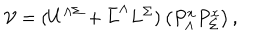
{ \cal V } = ( U ^ { \Lambda \Sigma } + \bar { L } ^ { \Lambda } L ^ { \Sigma } ) \left( P _ { \Lambda } ^ { x } P _ { \Sigma } ^ { x } \right) ,